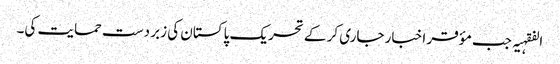
الفقہیہ جب مؤقر اخبار جاری کر کے تحریک پاکستان کی زبر دست حمایت کی۔